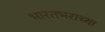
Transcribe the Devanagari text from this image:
भारतभराच्‍या